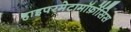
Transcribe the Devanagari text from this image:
हाइपरमेटामॉर्फ़ोसिस